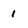
Character: 1